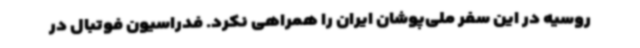
روسیه در این سفر ملی‌پوشان ایران را همراهی نکرد. فدراسیون فوتبال در